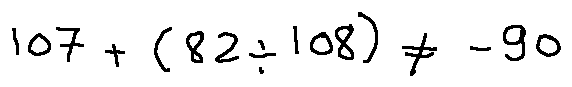
1 0 7 + ( 8 2 \div 1 0 8 ) \neq - 9 0